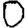
Digit: 0